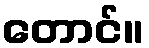
တောင်။